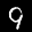
Label: 9